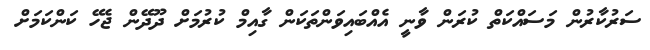
ސަރުކާރުން މަސައްކަތް ކުރަން ވާނީ އެއްބައިވަންތަކަން ގާއިމް ކުރުމަށް ދޫދޭން ޖެހޭ ކަންކަމަށް